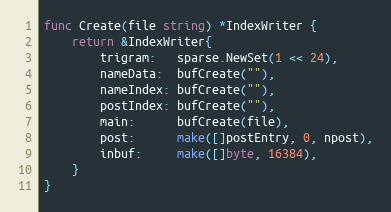
Language: Go
func Create(file string) *IndexWriter {
	return &IndexWriter{
		trigram:   sparse.NewSet(1 << 24),
		nameData:  bufCreate(""),
		nameIndex: bufCreate(""),
		postIndex: bufCreate(""),
		main:      bufCreate(file),
		post:      make([]postEntry, 0, npost),
		inbuf:     make([]byte, 16384),
	}
}